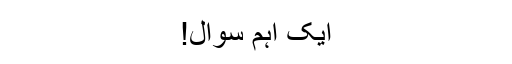
ایک اہم سوال!